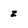
Character: z